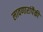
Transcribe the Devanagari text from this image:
लावणारांपैकी